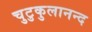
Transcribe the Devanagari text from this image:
चुटुकुलानन्द